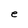
Character: e